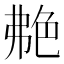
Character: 艴